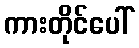
ကားတိုင်ပေါ်